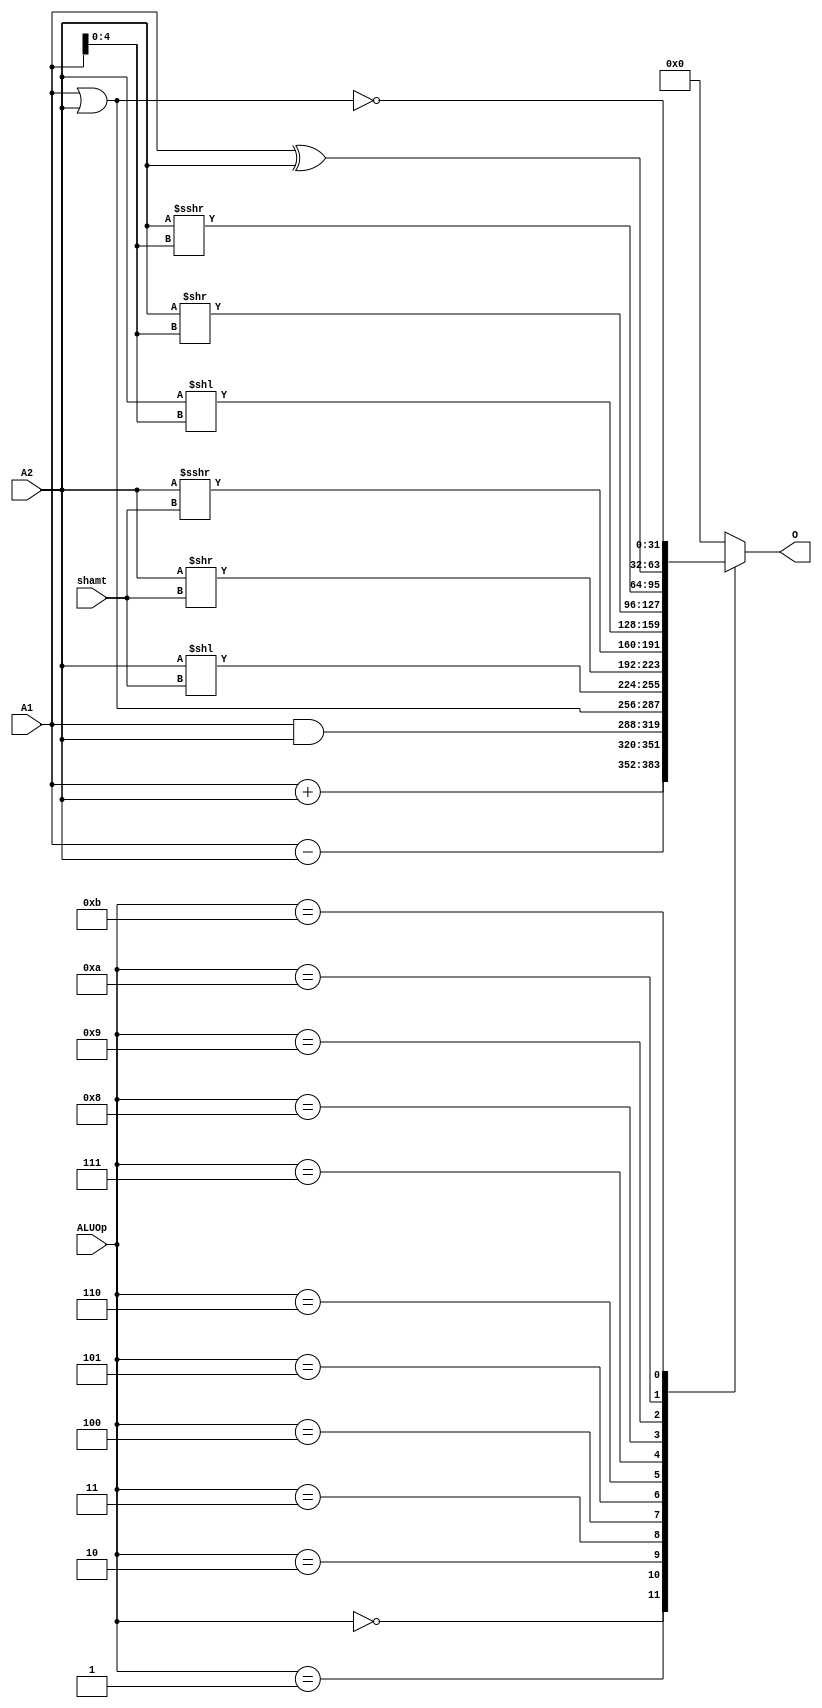
`timescale 1ns / 1ps
//////////////////////////////////////////////////////////////////////////////////
// Company: 
// Engineer: 
// 
// Design Name: 
// Module Name:    ALU 
// Project Name: 
// Target Devices: 
// Tool versions: 
// Description: 
//
// Dependencies: 
//
// Revision: 
// Revision 0.01 - File Created
// Additional Comments: 
//
//////////////////////////////////////////////////////////////////////////////////

`define ADD 4'b0000
`define SUB 4'b0001
`define AND  4'b0010
`define ORI  4'b0011
`define SLL  4'b0100
`define SRL  4'b0101
`define SRA  4'b0110
`define SLLV 4'b0111
`define SRLV 4'b1000
`define SRAV 4'b1001
`define XOR  4'b1010
`define NOR  4'b1011
module ALU(
    input [31:0] A1,
    input [31:0] A2,
	 input [4:0] shamt,
	 input [3:0] ALUOp,
    output reg [31:0] O
    );
	 initial begin
		O = 32'h00000000;
	 end
	 always@(*) begin
		case(ALUOp)
			`ADD: begin
				O = A1 + A2;
			end
			`SUB: begin
				O = A1 - A2;
			end
			`AND: begin
				O = A1 & A2;
			end
			`ORI: begin
				O = A1 | A2;
			end
			`SLL: begin
				O = A2 << shamt;
			end
			`SRL: begin
				O = A2 >> shamt;
			end
			`SRA: begin
				O = $signed(A2) >>> shamt;
			end
			`SLLV: begin
				O = A2 << A1[4:0];
			end
			`SRLV: begin
				O = A2 >> A1[4:0];
			end
			`SRAV: begin
				O = $signed(A2) >>> A1[4:0];
			end
			`XOR: begin
				O = A1 ^ A2;
			end
			`NOR: begin
				O = ~(A1 | A2);
			end
			default: begin
				O = 32'h00000000;
			end
		endcase
	 end
endmodule